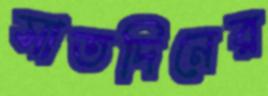
সাতদিনের